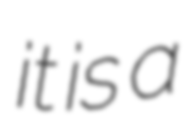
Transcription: it is a